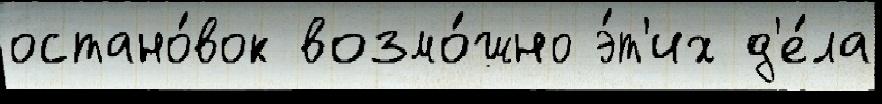
остано́вок возмо́жно э́т'их д'е́ла